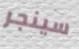
سينجر